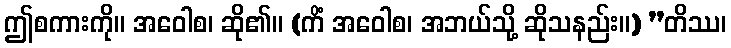
ဤစကားကို။ အဝေါစ၊ ဆို၏။ (ကိံ အဝေါစ၊ အဘယ်သို့ ဆိုသနည်း။) ”တိဿ၊